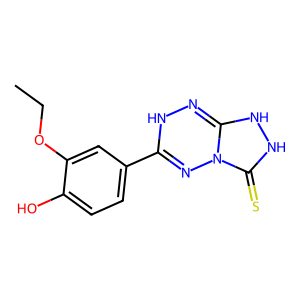
SMILES: CCOc1cc(C2=NN3C(=S)NNC3=NN2)ccc1O
Inhibits HIV replication: Yes